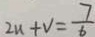
2 u + v = \frac { 7 } { 6 }